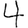
Digit: 4